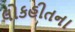
લોકહીતના